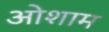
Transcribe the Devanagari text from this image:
ओशाम